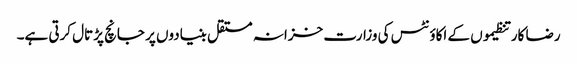
رضا کار تنظیموں کے اکاؤنٹس کی وزارت خزانہ مستقل بنیادوں پر جانچ پڑتال کرتی ہے۔